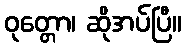
ဝုတ္တော၊ ဆိုအပ်ပြီ။